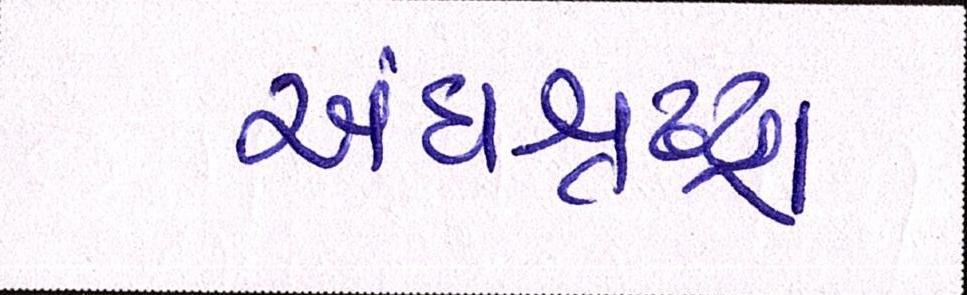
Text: અંધશ્રદ્ધા